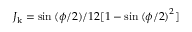
J _ { \mathrm { k } } = \sin { ( \phi / 2 ) } / 1 2 [ 1 - \sin { ( \phi / 2 ) } ^ { 2 } ]